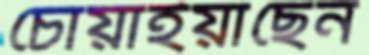
চোয়াইয়াছেন